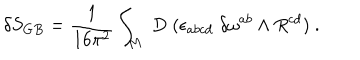
LaTeX: \delta S _ { G B } = { \frac { 1 } { 1 6 \pi ^ { 2 } } } \int _ { M } \; D \; ( \epsilon _ { a b c d } \; \delta \omega ^ { a b } \wedge R ^ { c d } ) \ .